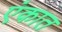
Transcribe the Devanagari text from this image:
एंकात